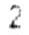
2